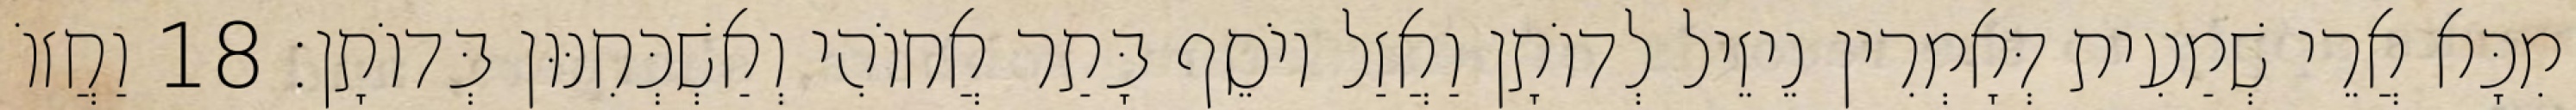
מִכָּא אֲרֵי שְׁמַעִית דְּאָמְרִין נֵיזֵיל לְדוֹתָן וַאֲזַל יוֹסֵף בָּתַר אֲחוֹהִי וְאַשְׁכְּחִנּוּן בְּדוֹתָן׃ 18 וַחֲזוֹ